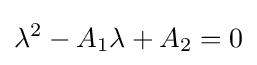
\lambda ^{2}-A_{1}\lambda +A_{2}=0